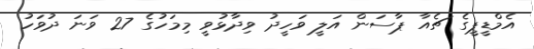
އެމްޑީޕީގެ ޗެއާ ޕާސަން އަލީ ވަހީދު ވިދާޅުވީ މިމަހުގެ 27 ވަނަ ދުވަހު